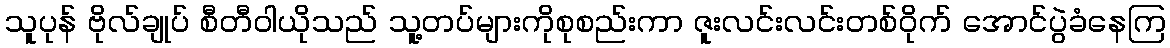
သူပုန် ဗိုလ်ချုပ် စီတီဝါယိုသည် သူ့တပ်များကိုစုစည်းကာ ဇူးလင်းလင်းတစ်ဝိုက် အောင်ပွဲခံနေကြ